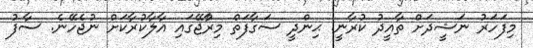
މިފަހަރު ނަޝީދަށް ތާއީދު ކުރާނީ. ޙިންދީ ސަގާފަތް މިރާްޖޭގައި އާލާކުރާކަށް ނުޖެހޭނެ. ސާފު